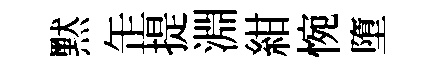
黙𦈢提淵紺惋墮